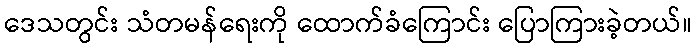
ဒေသတွင်း သံတမန်ရေးကို ထောက်ခံကြောင်း ပြောကြားခဲ့တယ်။